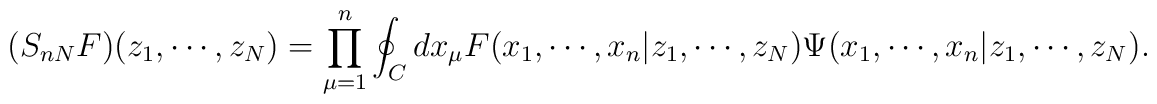
(S_{n N} F)(z_1,\cdots ,z_N)=\prod_{\mu =1}^{n} \oint_{C} dx_{\mu }F(x_1 , \cdots , x_n | z_1 , \cdots , z_N )\Psi (x_1 , \cdots , x_n | z_1 , \cdots , z_N ).